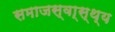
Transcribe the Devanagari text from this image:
समाजस्वा्स्थ्य